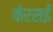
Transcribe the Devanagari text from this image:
केरसई